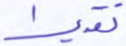
تقديرا